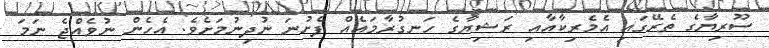
ސޫރިޔާގެ ތެރޭގައި އެމެރިކާއާއި ރަޝިޔާގެ ހަނގުރާމައެއް ފެށުނަ ނުދިނުމަށެވެ. އެހެން ނުވެއްޖެ ނަމަ